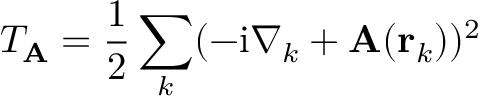
T _ { \mathbf { A } } = \frac { 1 } { 2 } \sum _ { k } ( - \mathrm { i } \nabla _ { k } + \mathbf { A } ( \mathbf { r } _ { k } ) ) ^ { 2 }